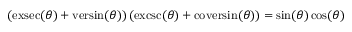
( \operatorname { e x s e c } ( \theta ) + \operatorname { v e r s i n } ( \theta ) ) \, ( \operatorname { e x c s c } ( \theta ) + \operatorname { c o v e r s i n } ( \theta ) ) = \sin ( \theta ) \cos ( \theta )